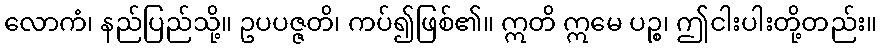
လောကံ၊ နည်ပြည်သို့။ ဥပပဇ္ဇတိ၊ ကပ်၍ဖြစ်၏။ ဣတိ ဣမေ ပဉ္စ၊ ဤငါးပါးတို့တည်း။